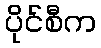
ပိုင်စီက